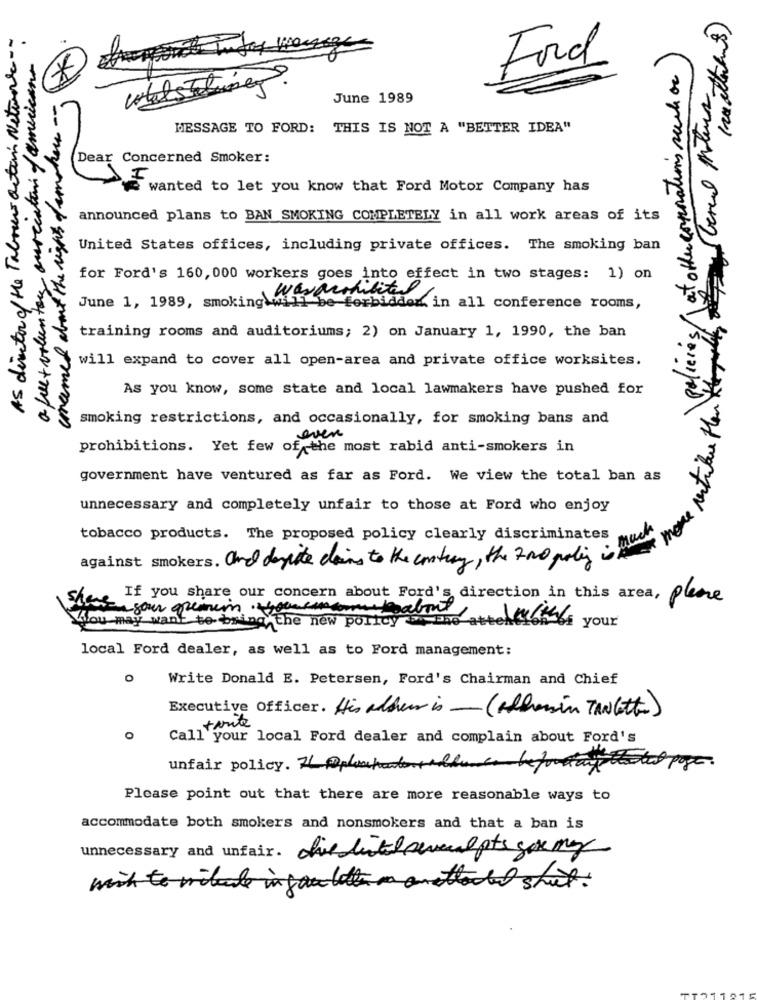
AS directorof the Tabous action Network --
a fue+ voluntary aurecatini ofamerican
*
Ford
/at other corporations such or
concemed about the rights demotor --
June 1989
MESSAGE TO FORD: THIS IS NOT A "BETTER IDEA"
Dear Concerned Smoker:
wanted to let you know that Ford Motor Company has
announced plans to BAN SMOKING COMPLETELY in all work areas of its
United States offices, including private offices. The smoking ban
for Ford's 160, 000 workers goes into effect in two stages: 1) on
June 1, 1989, smoking wereutility
forbidden in all conference rooms,
4 Policies
training rooms and auditoriums; 2) on January 1, 1990, the ban
will expand to cover all open-area and private office worksites.
As you know, some state and local lawmakers have pushed for
smoking restrictions, and occasionally, for smoking bans and
even
prohibitions. Yet few of the most rabid anti-smokers in
government have ventured as far as Ford. We view the total ban as
unnecessary and completely unfair to those at Ford who enjoy
more
tobacco products. The proposed policy clearly discriminates
against smokers. and despite doing to the contrary, the 700 policy is
If you share our concern about Ford's direction in this area, please
stek your gremio youcancome boabout
£ your
You may want to bring the new policy
local Ford dealer, as well as to Ford management:
0
Write Donald E. Petersen, Ford's Chairman and Chief
Executive Officer. His alder is - (Allesin TAN letto)
tante
Call your local Ford dealer and complain about Ford's
page
unfair policy. 71 @plochoudent
Please point out that there are more reasonable ways to
accommodate both smokers and nonsmokers and that a ban is
unnecessary and unfair. die listed several pts gar may
wish to milale in fau letter man attacted shut